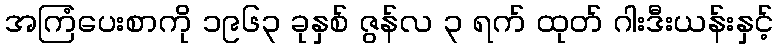
အကြံပေးစာကို ၁၉၆၃ ခုနှစ် ဇွန်လ ၃ ရက် ထုတ် ဂါးဒီးယန်းနှင့်